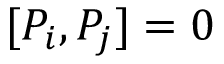
[ P _ { i } , P _ { j } ] = 0